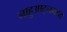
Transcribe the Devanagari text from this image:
नाहुआट्लमध्ये